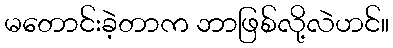
မတောင်းခဲ့တာက ဘာဖြစ်လို့လဲဟင်။